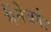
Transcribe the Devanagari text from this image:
मैंनेजमेंट